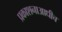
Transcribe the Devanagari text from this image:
प्रकाशनाआधीच